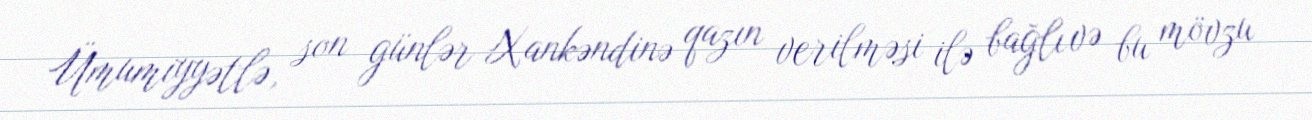
Ümumiyyətlə, son günlər Xankəndinə qazın verilməsi ilə bağlı və bu mövzu